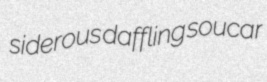
siderous daffling soucar